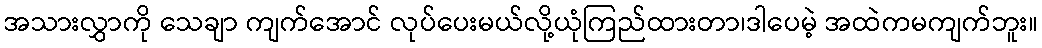
အသားလွှာကို သေချာ ကျက်အောင် လုပ်ပေးမယ်လို့ယုံကြည်ထားတာ၊ဒါပေမဲ့ အထဲကမကျက်ဘူး။